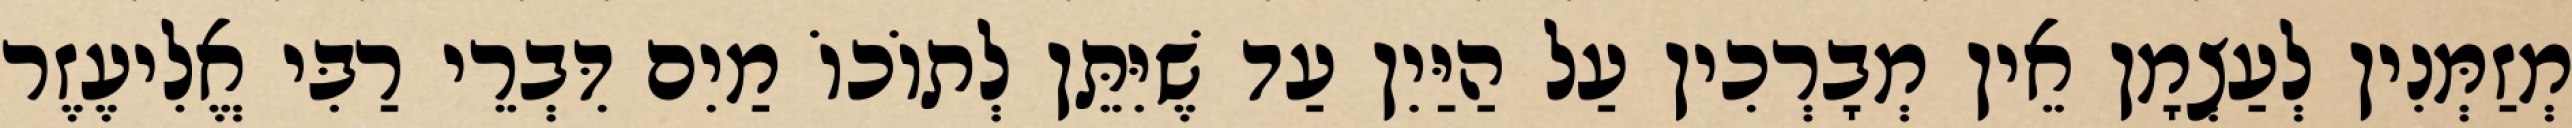
מְזַמְּנִין לְעַצְמָן אֵין מְבָרְכִין עַל הַיַּיִן עַד שֶׁיִּתֵּן לְתוֹכוֹ מַיִם דִּבְרֵי רַבִּי אֱלִיעֶזֶר